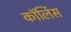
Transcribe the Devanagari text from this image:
कॉर्लिस